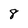
Character: 8